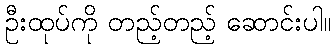
ဦးထုပ်ကို တည့်တည့် ဆောင်းပါ။